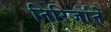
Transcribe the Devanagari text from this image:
निरिजाने